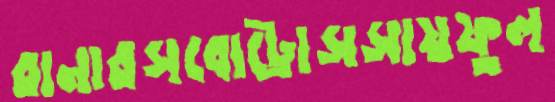
রানারসবোট্রোসসায়ফুল